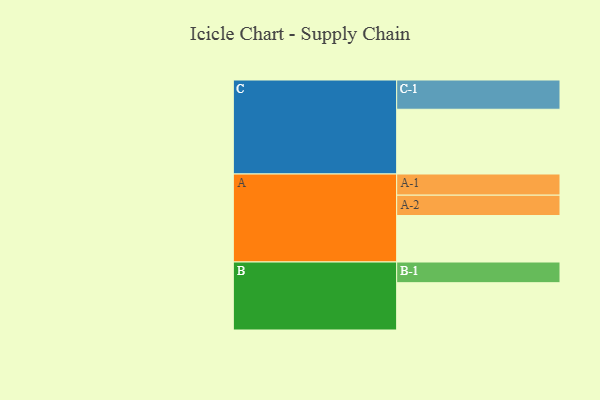
{"axis": {"x": "Segment", "y": "Value"}, "legend": ["", "A", "B", "C"], "data": [{"x": "A", "y": 402, "type": ""}, {"x": "B", "y": 409, "type": ""}, {"x": "C", "y": 560, "type": ""}, {"x": "A-1", "y": 183, "type": "A"}, {"x": "A-2", "y": 176, "type": "A"}, {"x": "B-1", "y": 179, "type": "B"}, {"x": "C-1", "y": 253, "type": "C"}]}